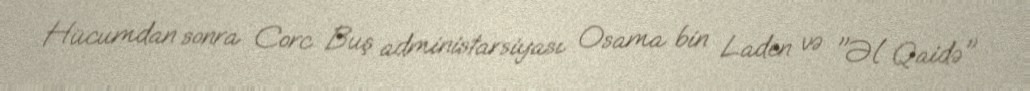
Hücumdan sonra Corc Buş administarsiyası Osama bin Laden və "Əl Qaidə"